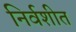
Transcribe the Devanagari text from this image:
निर्वशीत